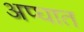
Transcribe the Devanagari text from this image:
अप्घात